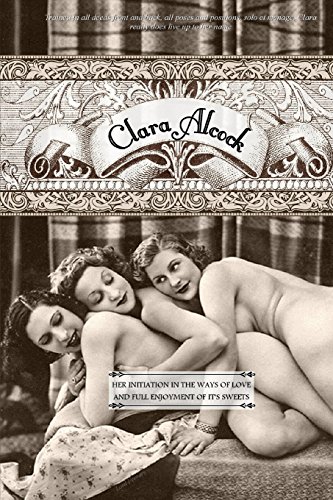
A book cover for Clara Alcock; Lord Ferrars (pseudonym); Romance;